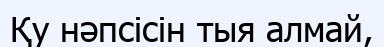
Қу нәпсісін тыя алмай,